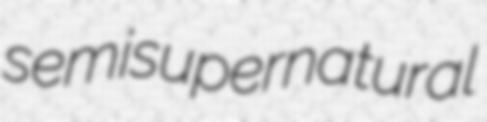
semisupernatural